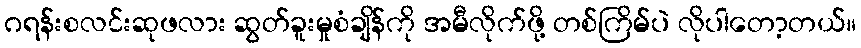
ဂရန်းစလင်းဆုဖလား ဆွတ်ခူးမှုစံချိန်ကို အမီလိုက်ဖို့ တစ်ကြိမ်ပဲ လိုပါတော့တယ်။